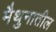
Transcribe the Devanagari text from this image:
मैथुनातील